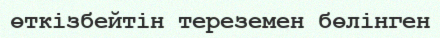
өткізбейтін тереземен бөлінген